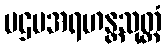
ပဌမအရဟန္တသုတ္တံ